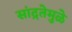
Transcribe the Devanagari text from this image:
सांद्रतेमुळे